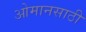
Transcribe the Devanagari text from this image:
ओमानसाठी